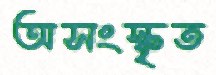
অসংস্কৃত